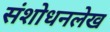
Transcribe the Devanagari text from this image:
संशोधनलेख